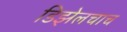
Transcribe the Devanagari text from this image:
डिझेलचाच